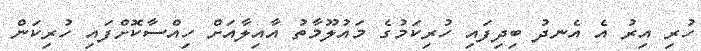
ހުރި އިރު އެ އެނދު ބިދިފައި ހުރިކަމުގެ މައުލޫމާތު އާއިލާއަށް ހިއްސާކޮށްފައި ހުރިކަން